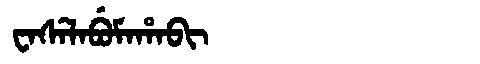
Manchu: ᠸᠠᠰᡝᠯᠠᠪᡠᠮᠠᡥᠠᠪᡳ
Romanization: WASELABUMAHABI